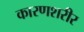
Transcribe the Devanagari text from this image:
कारणशरीर